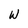
Character: W